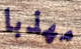
مهذبا